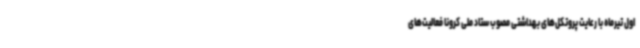
اول تیرماه با رعایت پروتکل‌های بهداشتی مصوب ستاد ملی کرونا فعالیت‌های